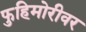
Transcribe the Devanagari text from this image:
फुहिमोरीवर